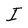
Character: I